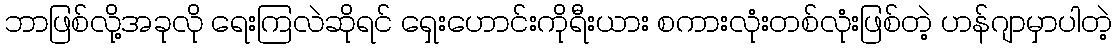
ဘာဖြစ်လို့အခုလို ရေးကြလဲဆိုရင် ရှေးဟောင်းကိုရီးယား စကားလုံးတစ်လုံးဖြစ်တဲ့ ဟန်ဂျာမှာပါတဲ့